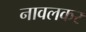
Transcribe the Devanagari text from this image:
नावलकर